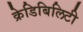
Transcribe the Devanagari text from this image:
क्रेडिबिलिटी